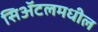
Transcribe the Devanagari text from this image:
सिॲटलमधील